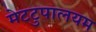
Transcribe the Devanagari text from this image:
मेटटुपालयम